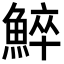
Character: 䱣